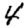
Digit: 4